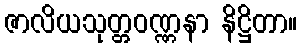
ဇာလိယသုတ္တဝဏ္ဏနာ နိဋ္ဌိတာ။